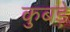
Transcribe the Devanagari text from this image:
कुबड़े